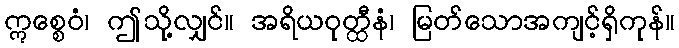
ဣစ္စေဝံ၊ ဤသို့လျှင်။ အရိယဝုတ္ထီနံ၊ မြတ်သောအကျင့်ရှိကုန်။